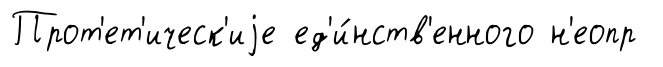
Прот'ет'ическ'иjе ед'и́нств'енного н'еопр